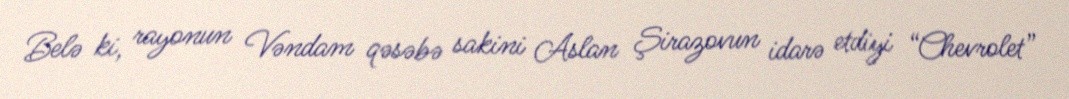
Belə ki, rayonun Vəndam qəsəbə sakini Aslan Şirazovun idarə etdiyi “Chevrolet”